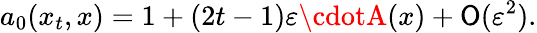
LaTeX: a_{0}(x_{t},x)=1+(2t-1)\varepsilon\cdotA(x)+{\cal\mathsf{O}}(\varepsilon^{2}).